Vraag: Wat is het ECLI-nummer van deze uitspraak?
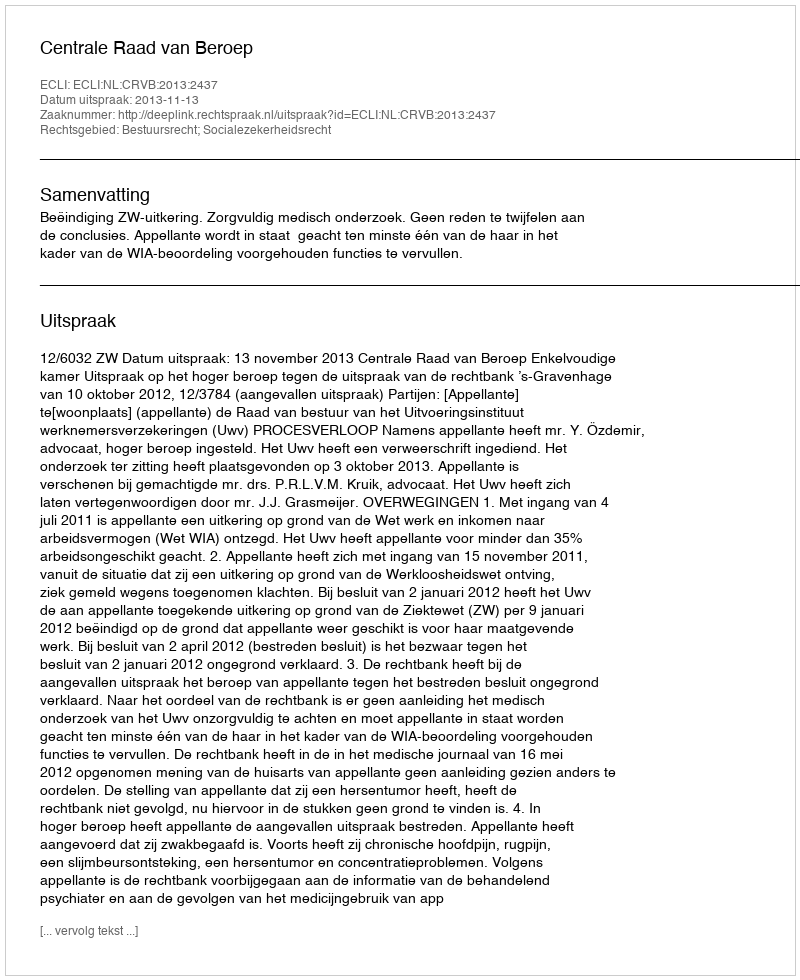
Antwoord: ECLI:NL:CRVB:2013:2437